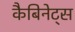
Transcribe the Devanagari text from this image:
कैबिनेट्स